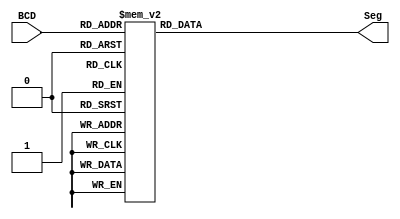
module BCDtoSeg (
    input [3:0] BCD,
    output reg [6:0] Seg
);

always @(BCD)
    begin
        case (BCD) //case statement
            0 : Seg = 7'b1000000;
            1 : Seg = 7'b1111001;
            2 : Seg = 7'b0100100;
            3 : Seg = 7'b0110000;
            4 : Seg = 7'b0011001;
            5 : Seg = 7'b0010010;
            6 : Seg = 7'b0000010;
            7 : Seg = 7'b1111000;
            8 : Seg = 7'b0000000;
            9 : Seg = 7'b0010000;
            //Default number is 0
            default : Seg = 7'b1000000;
        endcase
    end


endmodule